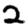
Digit: 2